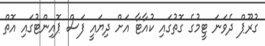
ގުރޫޕް ދެވަނަ ޓީމުގެ ގޮތުގައި ކުއާޓާ އަށް ދިޔައީ ފަސް ޕޮއިންޓުގައި އޮތް